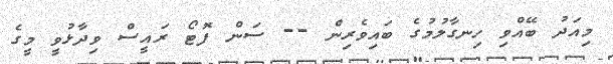
މިއަދު ބޭއްވި ހިނގާލުމުގެ ބައިވެރިން -- ސަން ފޮޓޯ ރައީސް ވިދާޅުވީ މީގެ